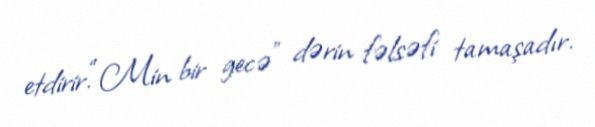
etdirir.“Min bir gecə” dərin fəlsəfi tamaşadır.